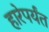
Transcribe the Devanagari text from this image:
हारेपर्यंत